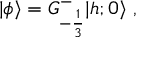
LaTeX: \vert \phi \rangle = G _ { - { \frac { 1 } { 3 } } } ^ { - } \vert { h ; 0 } \rangle { } ~ ,